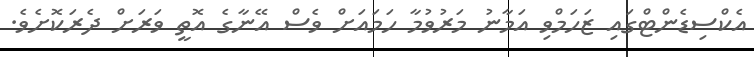
އެކްސިޑެންޓްގައި ޒަހަމްވި އަމާނު މަރުވުމާ ހަމައަށް ވެސް އޭނާގެ އޮތީ ވަރަށް ދެރަކޮށެވެ.